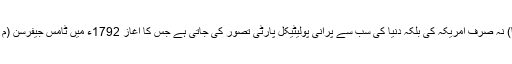
ڈیموکریٹ (گدھا) نہ صرف امریکہ کی بلکہ دنیا کی سب سے پرانی پولیٹیکل پارٹی تصور کی جاتی ہے جس کا آغاز 1792ء میں ٹامس جیفرسن (م 1826) نے کیا۔